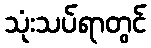
သုံးသပ်ရာတွင်